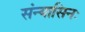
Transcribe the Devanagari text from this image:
संन्यासिनः